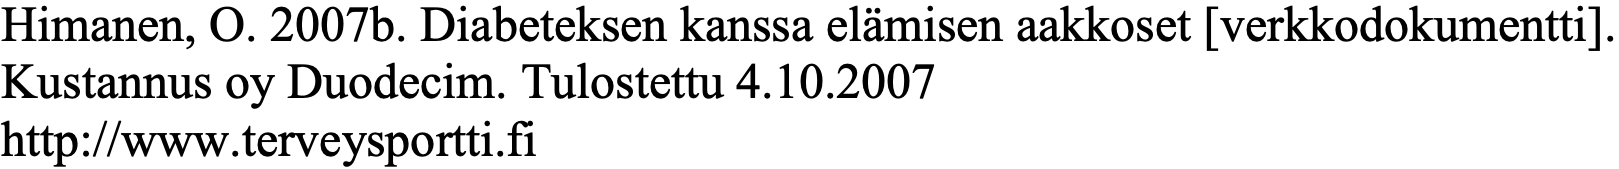
Himanen, O. 2007b. Diabeteksen kanssa elämisen aakkoset [verkkodokumentti]. Kustannus oy Duodecim. Tulostettu 4.10.2007 http://www.terveysportti.fi